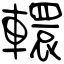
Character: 轘